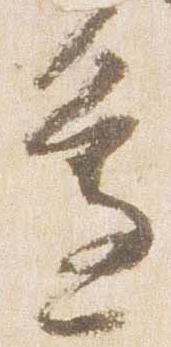
邊